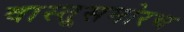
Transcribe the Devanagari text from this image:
वास्तूसमोरच